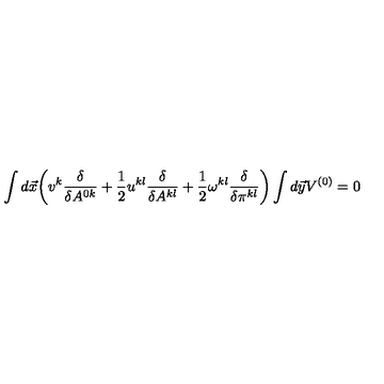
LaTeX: \int d \vec { x } \biggl ( v ^ { k } \frac { \delta } { \delta A ^ { 0 k } } + \frac { 1 } { 2 } u ^ { k l } \frac { \delta } { \delta A ^ { k l } } + \frac { 1 } { 2 } \omega ^ { k l } \frac { \delta } { \delta \pi ^ { k l } } \biggr ) \int d \vec { y } V ^ { ( 0 ) } = 0